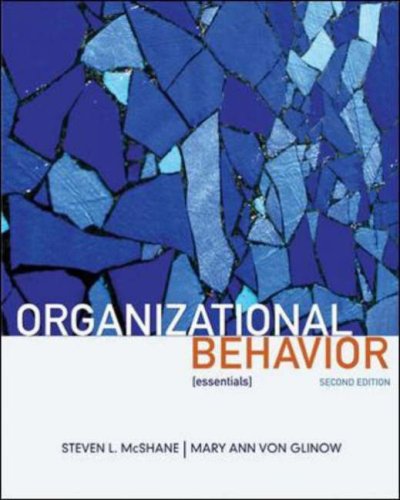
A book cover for Organizational Behavior: Essentials; Steven McShane; Business & Money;